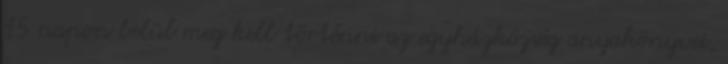
15 napon belül meg kell történni az egyházközség anyakönyvei,